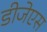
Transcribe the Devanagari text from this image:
डीजेएस